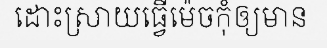
ដោះស្រាយធ្វើម៉េចកុំឲ្យមាន